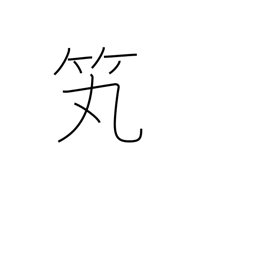
Meaning: arrow holder